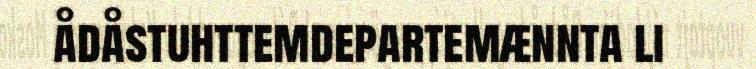
ådåstuhttemdepartemænnta li